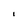
Character: I